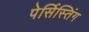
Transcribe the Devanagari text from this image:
पेर्सिस्तिंग